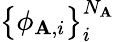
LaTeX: \big\{ \phi_{\mathbf{A},i}\big\} _{i}^{N_{\mathbf{A}}}